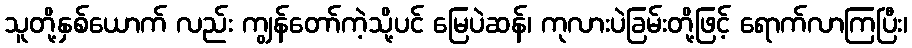
သူတို့နှစ်ယောက် လည်း ကျွန်တော်ကဲ့သို့ပင် မြေပဲဆန်၊ ကုလားပဲခြမ်းတို့ဖြင့် ရောက်လာကြပြီး၊